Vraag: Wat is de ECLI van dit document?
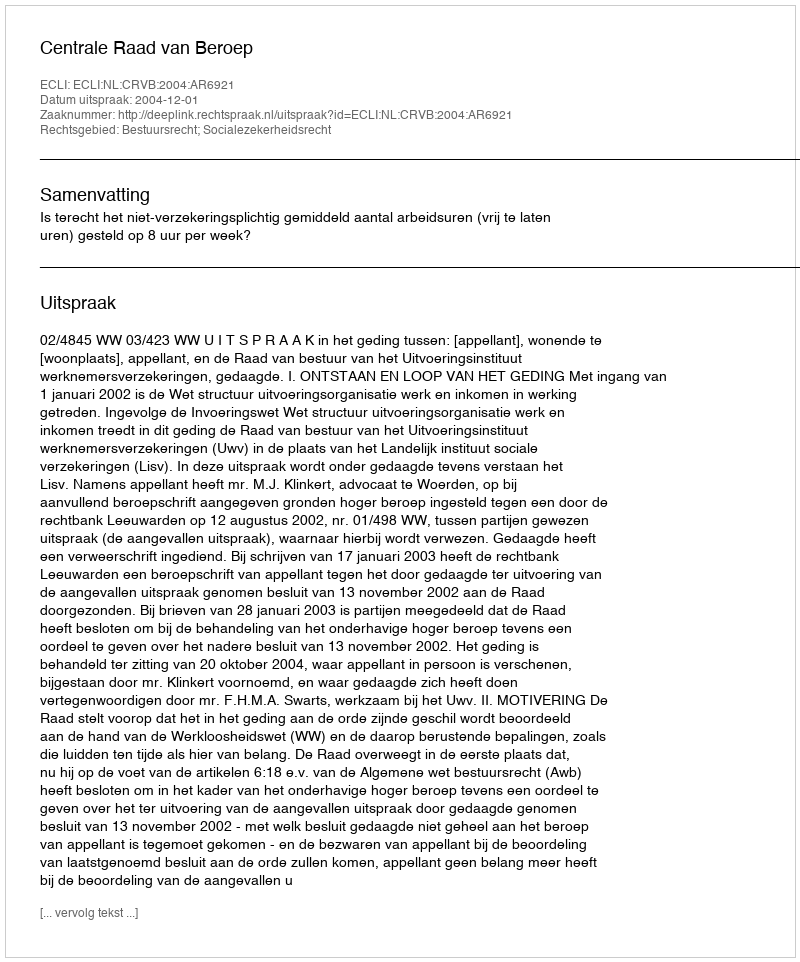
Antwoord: ECLI:NL:CRVB:2004:AR6921